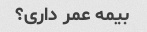
بیمه عمر داری؟